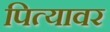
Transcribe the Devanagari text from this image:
पित्यावर